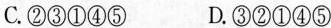
C.②③①④⑤ D.③②①④⑤